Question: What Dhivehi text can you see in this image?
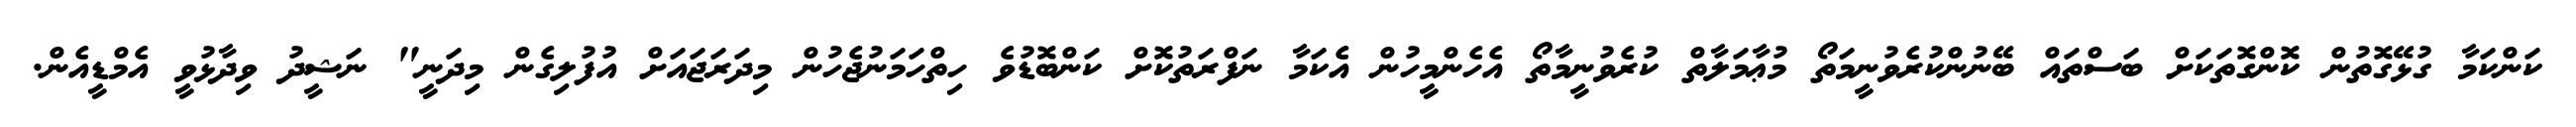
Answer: ކަންކަމާ ގުޅޭގޮތުން ކޮންގޮތަކަށް ބަސްތައް ބޭނުންކުރެވުނީމަތޯ މުޢާމަލާތް ކުރެވުނީމާތޯ އެހެންމީހުން އެކަމާ ނަފްރަތުކޮށް ކަންބޮޑުވެ ހިތްހަމަނުޖެހުން މިދަރަޖައަށް އުފުލިގެން މިދަނީ" ނަޝީދު ވިދާޅުވީ އެމްޑީއެން.